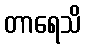
တာရေသိ